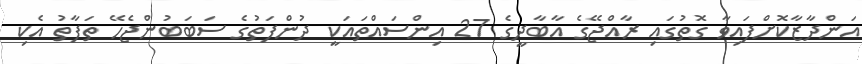
އަންދާޒާކޮށްފައިވާ ގޮތުގައި ރާއްޖޭގެ އާބާދީގެ 27 އިންސައްތައަކީ ދުންފަތުގެ ސަބަބުންޖެހޭ ތަފާތު އެކި